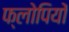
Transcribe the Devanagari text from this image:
फ्लोपियों